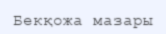
Бекқожа мазары